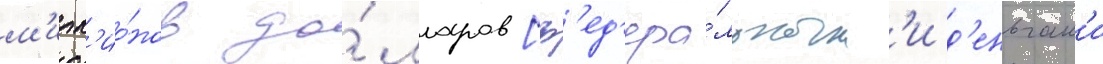
м'илл'ио́нов до́лларов [ф'ед'ера́льным'и д'еньгам'и